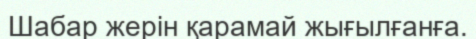
Шабар жерін қарамай жығылғанға.